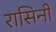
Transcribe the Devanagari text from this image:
रासिनी